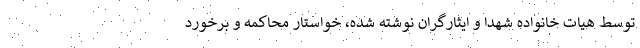
توسط هیات خانواده شهدا و ایثارگران نوشته شده، خواستار محاکمه و برخورد